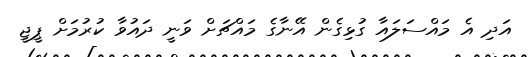
އަދި އެ މައްސަލައާ ގުޅިގެން އޭނާގެ މައްޗަށް ވަނީ ދައުވާ ކުރުމަށް ޕީޖީ